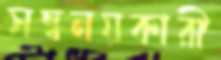
সম্বনয়কারী